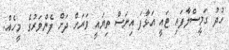
ހުދު ގަމީސްލާފައި ޓައީ އަޅާފަ އިނަސް ތިޔައީ ވަރަށް ދަށް ފެންވަރުގެ މީހެއް.